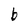
Character: b